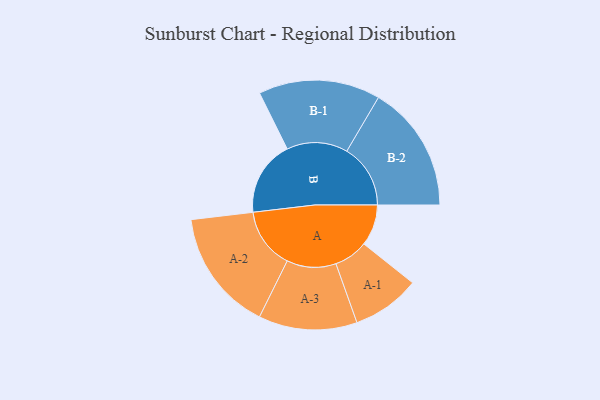
{"axis": {"x": "Segment", "y": "Value"}, "legend": ["", "A", "B"], "data": [{"x": "A", "y": 149, "type": ""}, {"x": "B", "y": 272, "type": ""}, {"x": "A-1", "y": 123, "type": "A"}, {"x": "A-2", "y": 220, "type": "A"}, {"x": "A-3", "y": 178, "type": "A"}, {"x": "B-1", "y": 220, "type": "B"}, {"x": "B-2", "y": 230, "type": "B"}]}